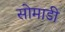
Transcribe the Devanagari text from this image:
सोमाडी